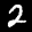
Label: 2